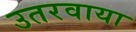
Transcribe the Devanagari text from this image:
उतरवाया